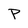
Character: P